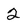
Character: 2